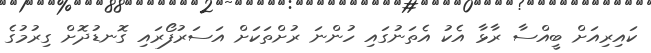
ކައިރިއަށް ބީއްސާ ރާޅާ އެކު އެތަނުގައި ހުންނަ ރުށްތަކަށް އަސަރުފޯރައި ގޮނޑުދޮށް ގިރުމުގެ